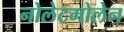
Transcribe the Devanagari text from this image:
नोलेटमोलेन